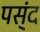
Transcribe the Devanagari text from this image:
पस्ंद